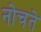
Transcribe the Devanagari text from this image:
नोचते